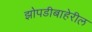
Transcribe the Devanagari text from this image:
झोपडीबाहेरील